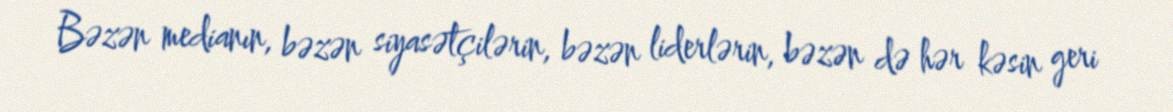
Bəzən medianın, bəzən siyasətçilərin, bəzən liderlərin, bəzən də hər kəsin geri